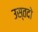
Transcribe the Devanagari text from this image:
उस्तदो